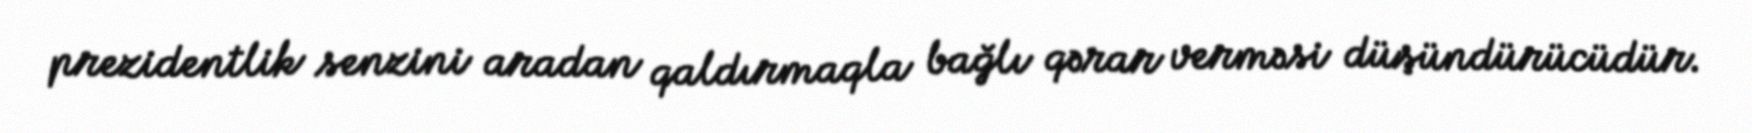
prezidentlik senzini aradan qaldırmaqla bağlı qərar verməsi düşündürücüdür.